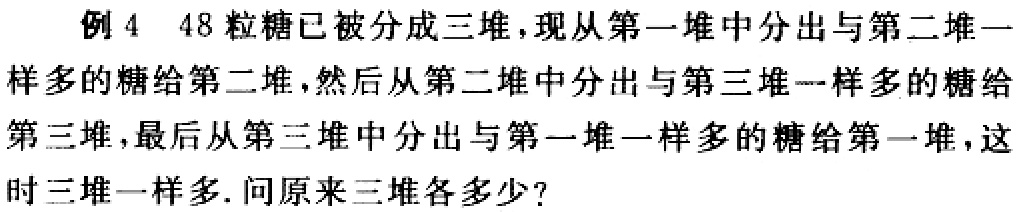
例 4 48 粒糖已被分成三堆，现从第一堆中分出与第二堆一样多的糖给第二堆，然后从第二堆中分出与第三堆一样多的糖给第三堆，最后从第三堆中分出与第一堆一样多的糖给第一堆，这时三堆一样多. 问原来三堆各多少？